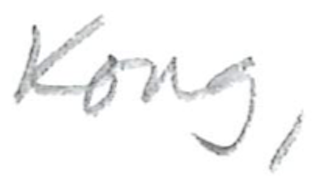
Text: Kong,
Cross-out: clean
Writing tool: pencil